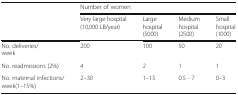
<table><thead><tr><td rowspan="2"></td><td colspan="4"><b>Number of women</b></td></tr><tr><td><b>Very large hospital (10,000 LB/year)</b></td><td><b>Large hospital (5000)</b></td><td><b>Medium hospital (2500)</b></td><td><b>Small hospital (1000)</b></td></tr></thead><tbody><tr><td>No. deliveries/week</td><td>200</td><td>100</td><td>50</td><td>20</td></tr><tr><td>No. readmissions (2%)</td><td>4</td><td>2</td><td>1</td><td>1</td></tr><tr><td>No. maternal infections/week(1–15%)</td><td>2–30</td><td>1–15</td><td>0.5 - 7</td><td>0–3</td></tr></tbody></table>